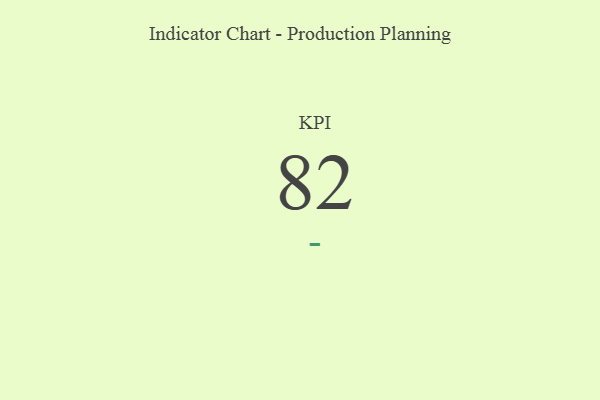
{"axis": {"x": "KPI", "y": "Value"}, "legend": [""], "data": [{"x": "KPI", "y": 82, "type": ""}]}